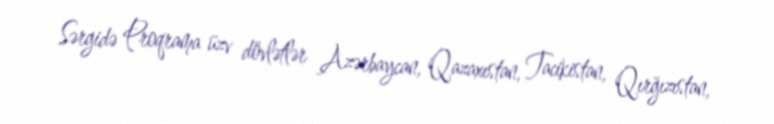
Sərgidə Proqrama üzv dövlətlər Azərbaycan, Qazaxıstan, Tacikistan, Qırğızıstan,